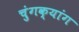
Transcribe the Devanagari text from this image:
चुंगक्यांग